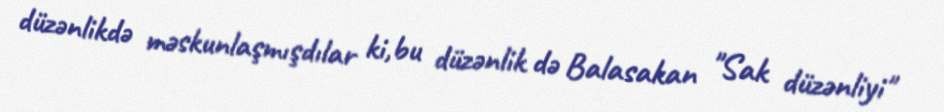
düzənlikdə məskunlaşmışdılar ki,bu düzənlik də Balasakan "Sak düzənliyi"